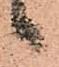
候